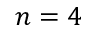
n = 4